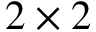
2 \times 2